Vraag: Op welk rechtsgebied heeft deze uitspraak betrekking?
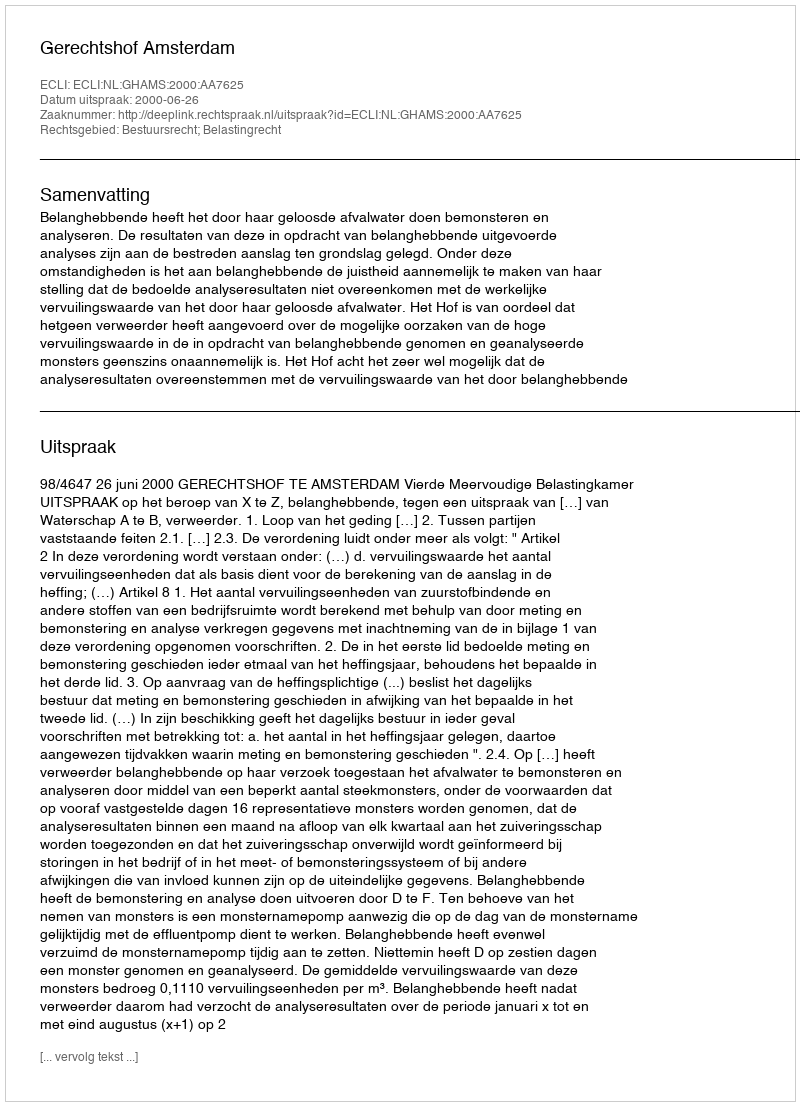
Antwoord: Bestuursrecht; Belastingrecht